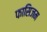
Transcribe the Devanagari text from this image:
फासिजम